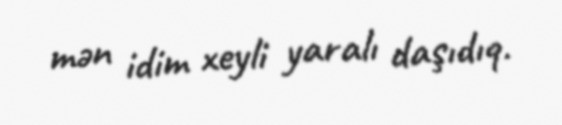
mən idim xeyli yaralı daşıdıq.